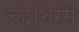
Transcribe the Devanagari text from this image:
चंद्रशिरसे